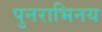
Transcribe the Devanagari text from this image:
पुनराभिनय